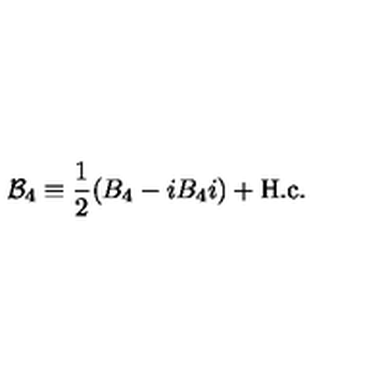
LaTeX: { \cal B } _ { 4 } \equiv \frac { 1 } { 2 } ( B _ { 4 } - i B _ { 4 } i ) + \mathrm { H . c . }